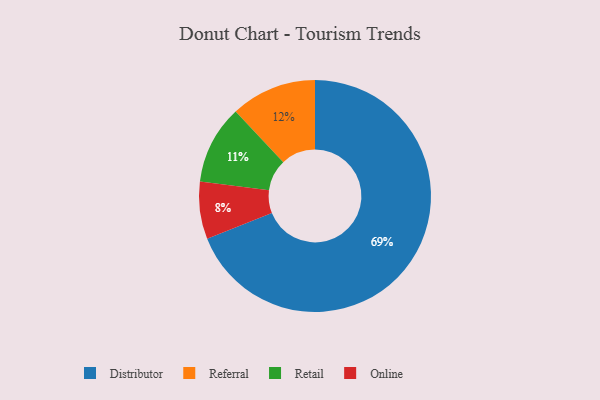
{"axis": {"x": "Category", "y": "Percentage"}, "legend": ["Distributor", "Online", "Referral", "Retail"], "data": [{"x": "Referral", "y": 12, "type": "Referral"}, {"x": "Online", "y": 8, "type": "Online"}, {"x": "Retail", "y": 11, "type": "Retail"}, {"x": "Distributor", "y": 69, "type": "Distributor"}]}